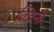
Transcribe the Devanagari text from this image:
क़्विनी